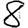
Digit: 8